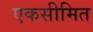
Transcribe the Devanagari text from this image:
एकसीमित